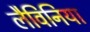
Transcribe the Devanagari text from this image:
लैविनिया